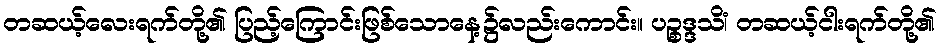
တဆယ့်လေးရက်တို့၏ ပြည့်ကြောင်းဖြစ်သောနေ့၌လည်းကောင်း။ ပဉ္စဒ္ဒသိံ၊ တဆယ့်ငါးရက်တို့၏